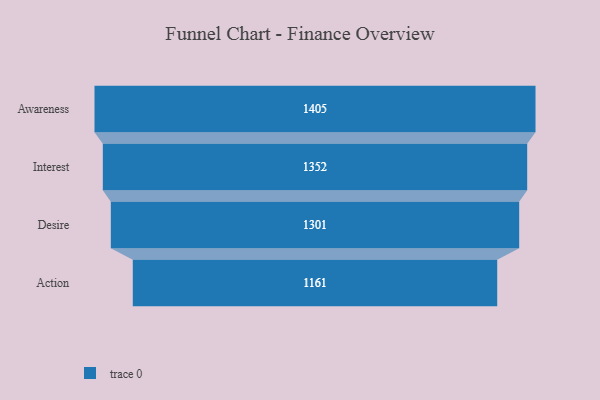
{"axis": {"x": "Stage", "y": "Value"}, "legend": [""], "data": [{"x": "Awareness", "y": 1405.0, "type": ""}, {"x": "Interest", "y": 1352.0, "type": ""}, {"x": "Desire", "y": 1301.0, "type": ""}, {"x": "Action", "y": 1161.0, "type": ""}]}